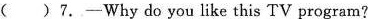
( )7.-Why do you like this TV program?